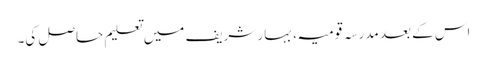
اس کے بعد مدرسہ قومیہ، بہار شریف میں تعلیم حاصل کی۔